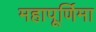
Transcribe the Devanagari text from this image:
महापूर्णिमा